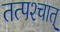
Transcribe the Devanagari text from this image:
तत्पश्‍चात्